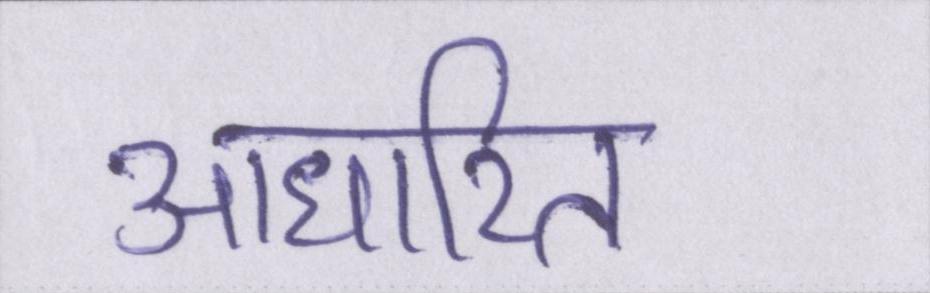
आधारित